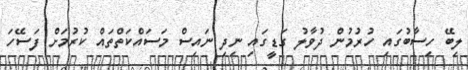
ލިބޭ ހިސާބުގައި ހުރުމުން ދުވާލު ގަޑީގައި ނިދި ނައިސް މަސައްކަތްތައް ކުރުމަށް ފަސޭހަ